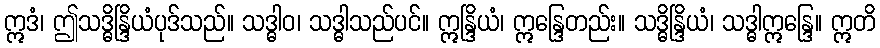
ဣဒံ၊ ဤသဒ္ဓိန္ဒြိယံပုဒ်သည်။ သဒ္ဓါဝ၊ သဒ္ဓါသည်ပင်။ ဣန္ဒြိယံ၊ ဣန္ဒြေတည်း။ သဒ္ဓိန္ဒြိယံ၊ သဒ္ဓါဣန္ဒြေ။ ဣတိ